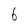
Character: 6